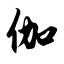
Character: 伽